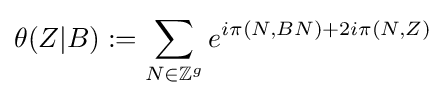
\theta (Z|B):=\sum _{N\in \mathbb {Z} ^{g}}e^{i\pi (N,BN)+2i\pi (N,Z)}